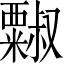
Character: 𱹥